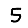
Digit: 5